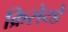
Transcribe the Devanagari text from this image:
क्रिसेय्डे